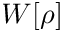
W [ \rho ]